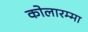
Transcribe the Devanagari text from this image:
कोलारम्मा